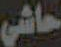
حاشي